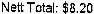
NETT TOTAL: $8.20